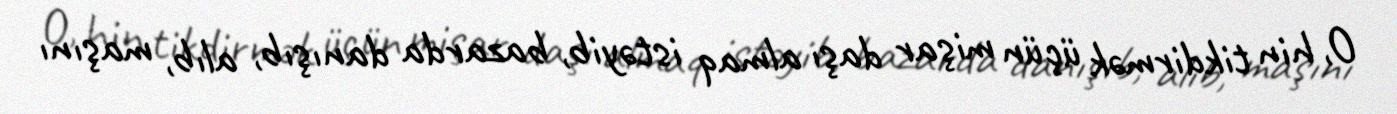
O, hin tikdirmək üçün mişar daşı almaq istəyib, bazarda danışıb, alıb, maşını